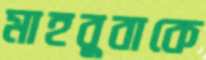
মাহবুবাকে